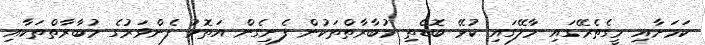
ކަމަށާއި މީގެތެރޭގައި މާލޭގައި ކުޅޭ ބޮޑެތި މުބާރާތްތަކުން ފެށިގެން އަތޮޅު ފެންވަރުގެ މުބާރާތްތަކާއި